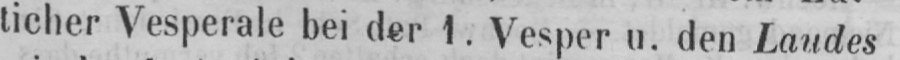
ticher Vesperale bei der 1. Vesper u. den Laudes